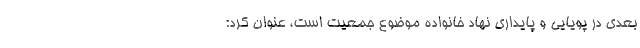
بعدی در پویایی و پایداری نهاد خانواده موضوع جمعیت است، عنوان کرد: